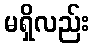
မရှိလည်း